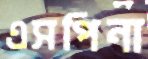
এসপিনা